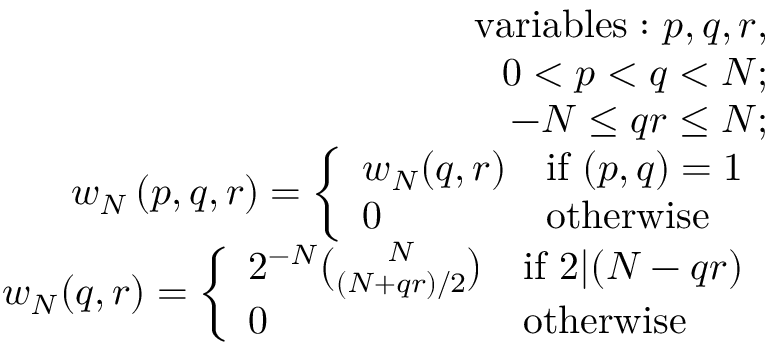
\begin{array} { r l r } & { } & { \mathrm { v a r i a b l e s : ~ } p , q , r , } \\ & { } & { 0 < p < q < N ; } \\ & { } & { - N \le q r \le N ; } \\ & { } & { w _ { N } \left( p , q , r \right) = \left\{ \begin{array} { l l } { w _ { N } ( q , r ) } & { \mathrm { i f ~ } ( p , q ) = 1 } \\ { 0 } & { \mathrm { o t h e r w i s e } } \end{array} \right. } \\ & { } & { w _ { N } ( q , r ) = \left\{ \begin{array} { l l } { 2 ^ { - N } \binom { N } { ( N + q r ) / 2 } } & { \mathrm { i f ~ } 2 | ( N - q r ) } \\ { 0 } & { \mathrm { o t h e r w i s e } } \end{array} \right. } \end{array}